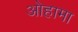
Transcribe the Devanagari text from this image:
ओहामा